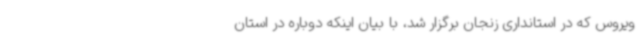
ویروس که در استانداری زنجان برگزار شد، با بیان اینکه دوباره در استان